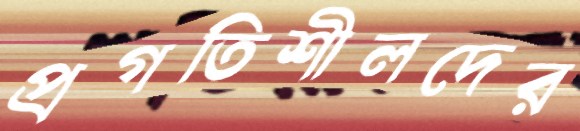
প্রগতিশীলদের